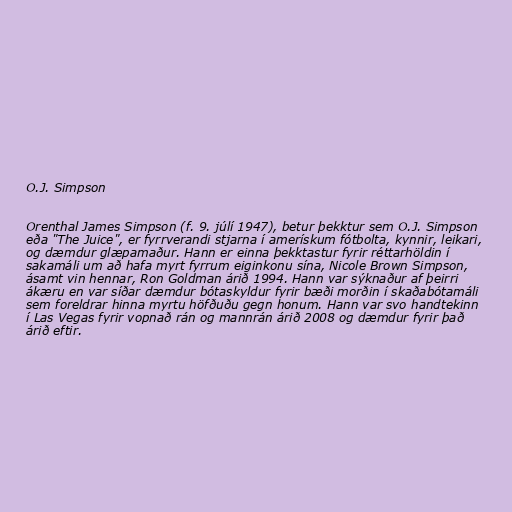
O.J. Simpson

Orenthal James Simpson (f. 9. júlí 1947), betur þekktur sem O.J. Simpson
eða "The Juice", er fyrrverandi stjarna í amerískum fótbolta, kynnir, leikari,
og dæmdur glæpamaður. Hann er einna þekktastur fyrir réttarhöldin í
sakamáli um að hafa myrt fyrrum eiginkonu sína, Nicole Brown Simpson,
ásamt vin hennar, Ron Goldman árið 1994. Hann var sýknaður af þeirri
ákæru en var síðar dæmdur bótaskyldur fyrir bæði morðin í skaðabótamáli
sem foreldrar hinna myrtu höfðuðu gegn honum. Hann var svo handtekinn
í Las Vegas fyrir vopnað rán og mannrán árið 2008 og dæmdur fyrir það
árið eftir.